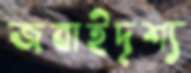
জবাইদৃশ্য